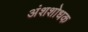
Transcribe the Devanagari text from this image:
अंशशोधक